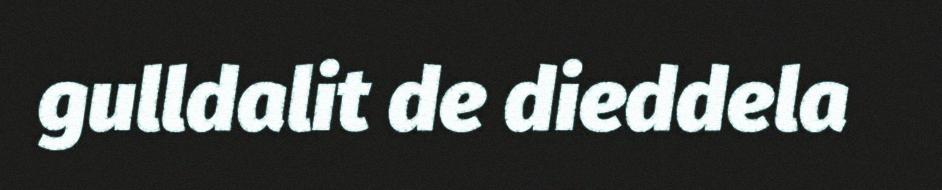
gulldalit de dieddela